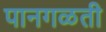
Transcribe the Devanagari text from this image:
पानगळती